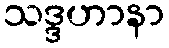
သဒ္ဒဟာနာ